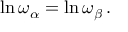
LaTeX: \ln \omega _ { \alpha } = \ln \omega _ { \beta } \, .